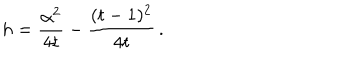
LaTeX: h = { \frac { \alpha ^ { 2 } } { 4 t } } - { \frac { ( t - 1 ) ^ { 2 } } { 4 t } } \, .